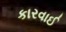
કારવાઈ